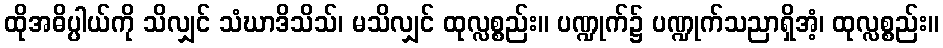
ထိုအဓိပ္ပါယ်ကို သိလျှင် သံဃာဒိသိသ်၊ မသိလျှင် ထုလ္လစ္စည်း။ ပဏ္ဍုက်၌ ပဏ္ဍုက်သညာရှိအံ့၊ ထုလ္လစ္စည်း။